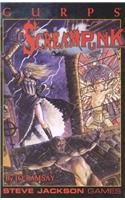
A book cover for GURPS Screampunk *OSI (Steve Jackson Games); Jo Ramsay; Science Fiction & Fantasy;